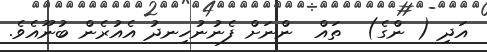
އަދި ( ންގެ)  ތައް  ންނަށް ފެނުނުހިނދު އެއުރެން ބުނޫއެވެ.